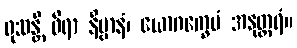
ဖုသန္တိ ဓီရာ နိဗ္ဗာနံ၊ ယောဂက္ခေမံ အနုတ္တရံ။